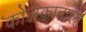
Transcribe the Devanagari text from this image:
कोलकाताला